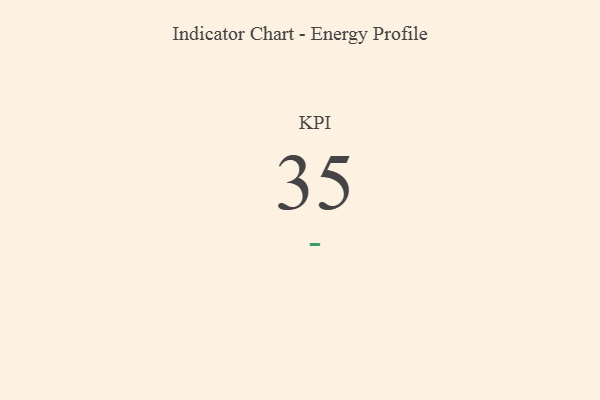
{"axis": {"x": "KPI", "y": "Value"}, "legend": [""], "data": [{"x": "KPI", "y": 35, "type": ""}]}